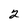
Character: 2